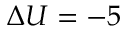
\Delta U = - 5